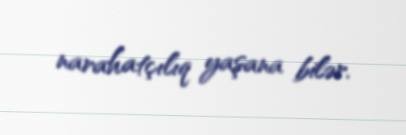
narahatçılıq yaşana bilər.